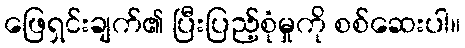
ဖြေရှင်းချက်၏ ပြီးပြည့်စုံမှုကို စစ်ဆေးပါ။